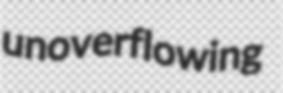
unoverflowing